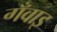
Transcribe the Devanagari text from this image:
गँवाइ